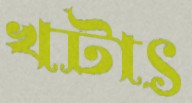
খটাৎ